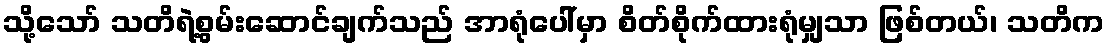
သို့သော် သတိရဲ့စွမ်းဆောင်ချက်သည် အာရုံပေါ်မှာ စိတ်စိုက်ထားရုံမျှသာ ဖြစ်တယ်၊ သတိက